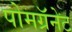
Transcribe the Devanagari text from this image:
पोमग्रॅनेट